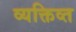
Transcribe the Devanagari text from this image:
व्यक्तिव्त